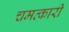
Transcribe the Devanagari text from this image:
चमत्‍कारी